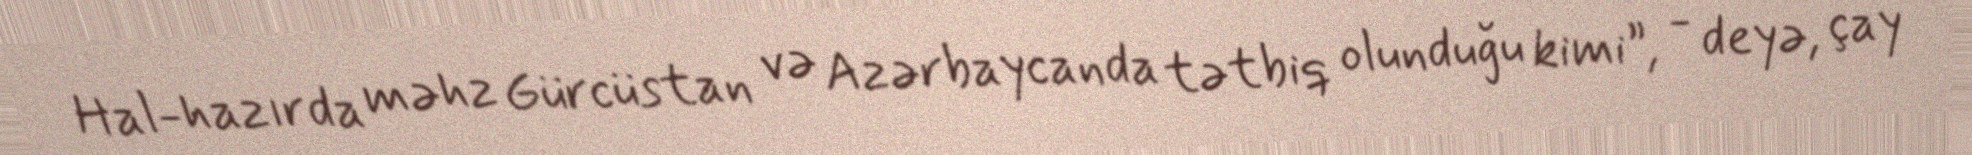
Hal-hazırda məhz Gürcüstan və Azərbaycanda tətbiq olunduğu kimi”, - deyə, çay